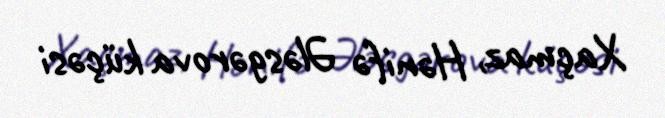
Xaçmaz, Hənifə Ələsgərova küçəsi